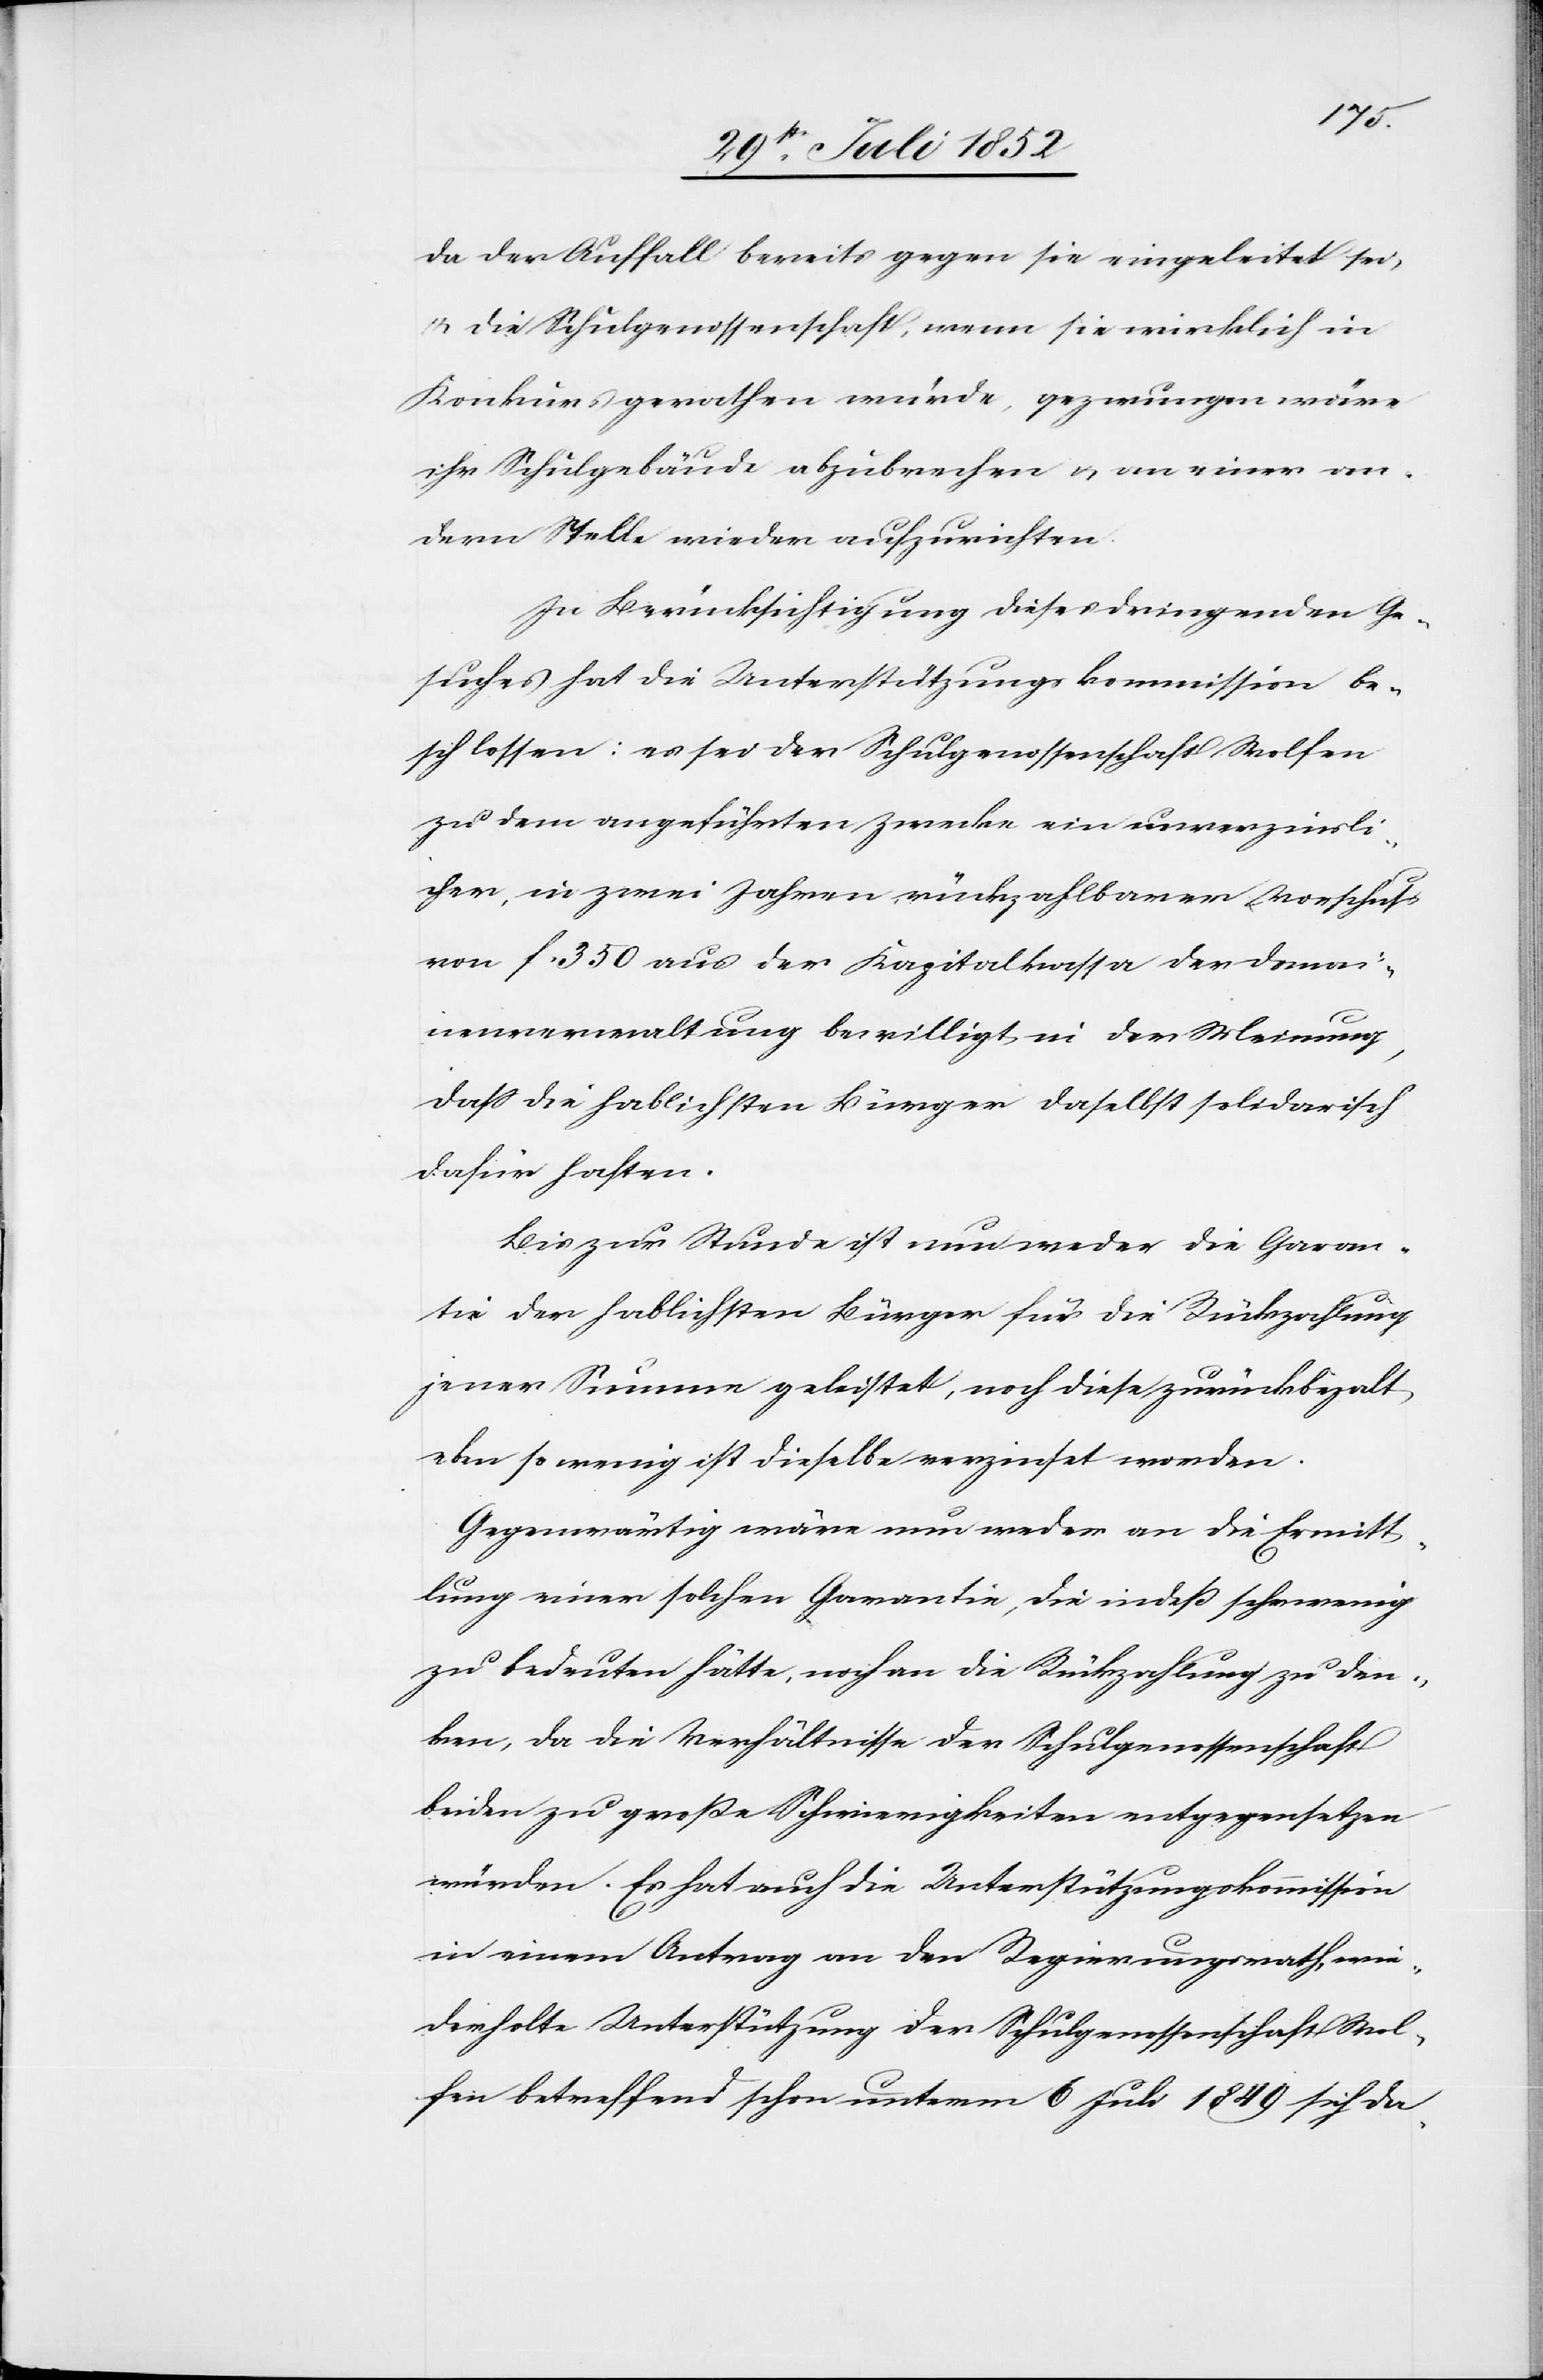
da der Auffall bereits gegen sie eingeleitet sei,
& die Schulgenossenschaft, wenn sie wirklich in
Konkurs gerathen würde, gezwungen wäre
ihr Schulgebäude abzubrechen & an einer an¬
dern Stelle wieder aufzurichten.
In Berücksichtigung dieses dringenden Ge¬
suches hat die Unterstützungskommission be¬
schlossen: es sei der Schulgenossenschaft Wolfen
zu dem angeführten Zwecke ein unverzinsli¬
cher, in zwei Jahren rückzahlbarer Vorschuss
von f 350 aus der Kapitalkassa der Domai¬
nenverwaltung bewilligt in der Meinung,
dass die hablichsten Bürger daselbst solidarisch
dafür haften.
Bis zur Stunde ist nun weder die Garan¬
tie der hablichsten Bürger für die Rückzahlung
jener Summe geleistet, noch diese zurückbeza[h]lt
eben so wenig ist dieselbe verzinset worden.
Gegenwärtig wäre nun weder an die Ermitt¬
lung einer solchen Garantie, die indeß sehr wenig
zu bedeuten hätte, noch an die Rückzahlung zu den¬
ken, da die Verhältnisse der Schulgenossenschaft
beiden zu große Schwierigkeiten entgegensetzen
würden. Es hat auch die Unterstützungskommission
in einem Antrag an den Regierungsrath, wie¬
derholte Unterstützung der Schulgenossenschaft Wol¬
fen betreffend schon unterm 6 Juli 1849 sich da-